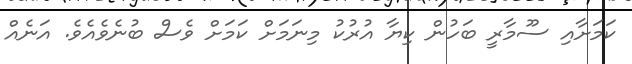
ކަމަށާއި ސޫމާރީ ބަހުން ކިޔާ އުރުކު މިނަމަށް ކަމަށް ވެސް ބުނެވެއެވެ. އަނެއް